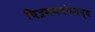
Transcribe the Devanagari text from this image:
चित्रमणयोऽयस्य